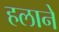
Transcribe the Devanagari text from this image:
हलाने